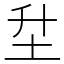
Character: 𡉼